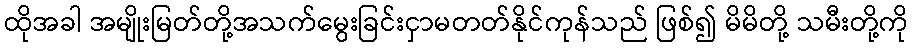
ထိုအခါ အမျိုးမြတ်တို့အသက်မွေးခြင်းငှာမတတ်နိုင်ကုန်သည် ဖြစ်၍ မိမိတို့ သမီးတို့ကို